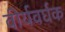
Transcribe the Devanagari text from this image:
वीर्यवर्घक